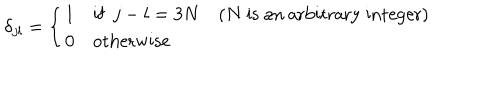
\delta _ { j l } = \left\{ \begin{array} { l l l l } { { 1 } } & { { \textrm { i f } \, \, \, j - l = 3 N } } & { { ( N \textrm { i s a n a r b i t r a r y i n t e g e r } ) } } \\ { { 0 } } & { { \textrm { o t h e r w i s e } } } & { { } } \\ \end{array} \right.